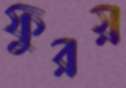
ফুরয়